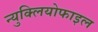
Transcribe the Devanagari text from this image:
न्युक्लियोफाइल